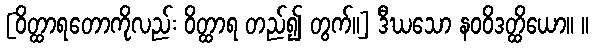
[ဝိတ္ထာရတောကိုလည်း ဝိတ္ထာရ တည်၍ တွက်။] ဒီဃသော နဝဝိဒတ္ထိယော။ ။